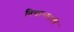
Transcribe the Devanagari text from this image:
विद्याभ्यामी